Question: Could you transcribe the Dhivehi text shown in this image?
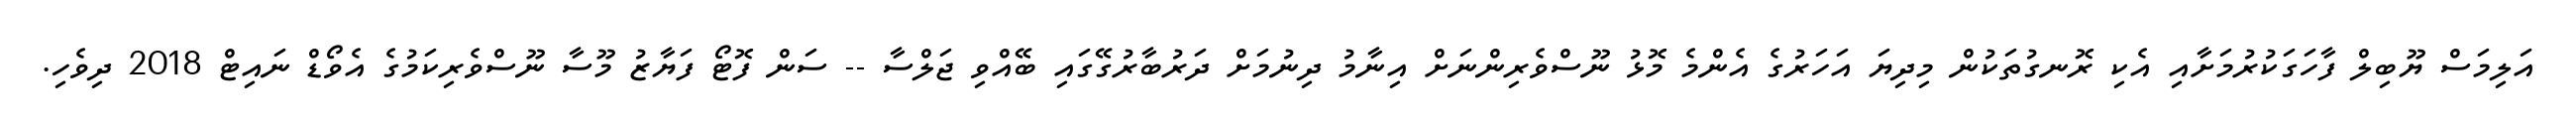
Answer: އަލިމަސް ޔޫބިލް ފާހަގަކުރުމަށާއި އެކި ރޮނގުތަކުން މިދިޔަ އަހަރުގެ އެންމެ މޮޅު ނޫސްވެރިންނަށް އިނާމު ދިނުމަށް ދަރުބާރުގޭގައި ބޭއްވި ޖަލްސާ -- ސަން ފޮޓޯ ފަޔާޒު މޫސާ ނޫސްވެރިކަމުގެ އެވޯޑް ނައިޓް 2018 ދިވެހި.